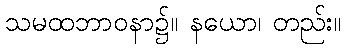
သမထဘာဝနာ၌။ နယော၊ တည်း။